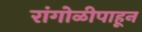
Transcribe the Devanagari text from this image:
रांगोळीपाहून